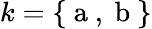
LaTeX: k=\{ \mathrm{~a~},\mathrm{~b~}\}